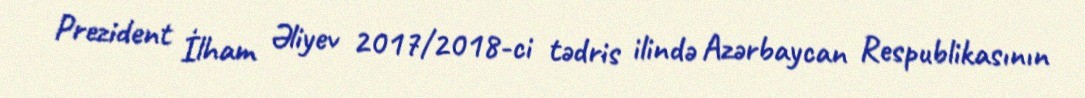
Prezident İlham Əliyev 2017/2018-ci tədris ilində Azərbaycan Respublikasının